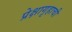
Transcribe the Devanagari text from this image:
प्रेक्षागृहाची